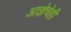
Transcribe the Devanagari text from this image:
आज्ञेचेही